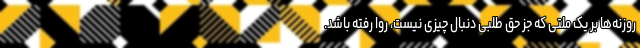
روزنه‌ها بر یک ملتی که جز حق طلبی دنبال چیزی نیست، روا رفته باشد.